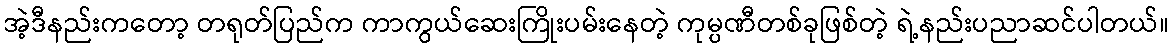
အဲ့ဒီနည်းကတော့ တရုတ်ပြည်က ကာကွယ်ဆေးကြိုးပမ်းနေတဲ့ ကုမ္ပဏီတစ်ခုဖြစ်တဲ့ ရဲ့နည်းပညာဆင်ပါတယ်။